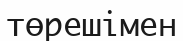
төрешімен